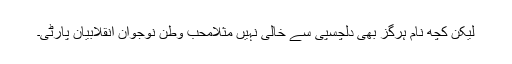
لیکن کچھ نام ہرگز بھی دلچسپی سے خالی نہیں مثلاًمحب وطن نوجوان انقلابیان پارٹی۔